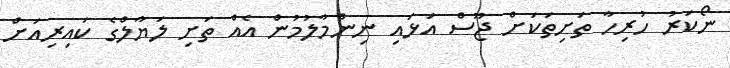
ނޯކަރު ހުރިހާ ތަށިތަކަށް ޖޫސް އަޅައި ނިންމާލުމުން އެއް ތަށި ލަޔާލްގެ ކައިރިއަށް